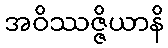
အဝိဿဇ္ဇိယာနိ